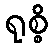
ရုစ္စိ